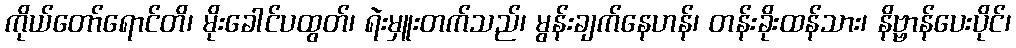
ကိုယ်တော်ရောင်တိ၊ မိုးခေါင်ပထွတ်၊ ရဲးမှူးတက်သည်၊ မွန်းချက်နေဟန်၊ တန်းခိုးထန်သား၊ နိဗ္ဗာန်ပေးပိုင်၊